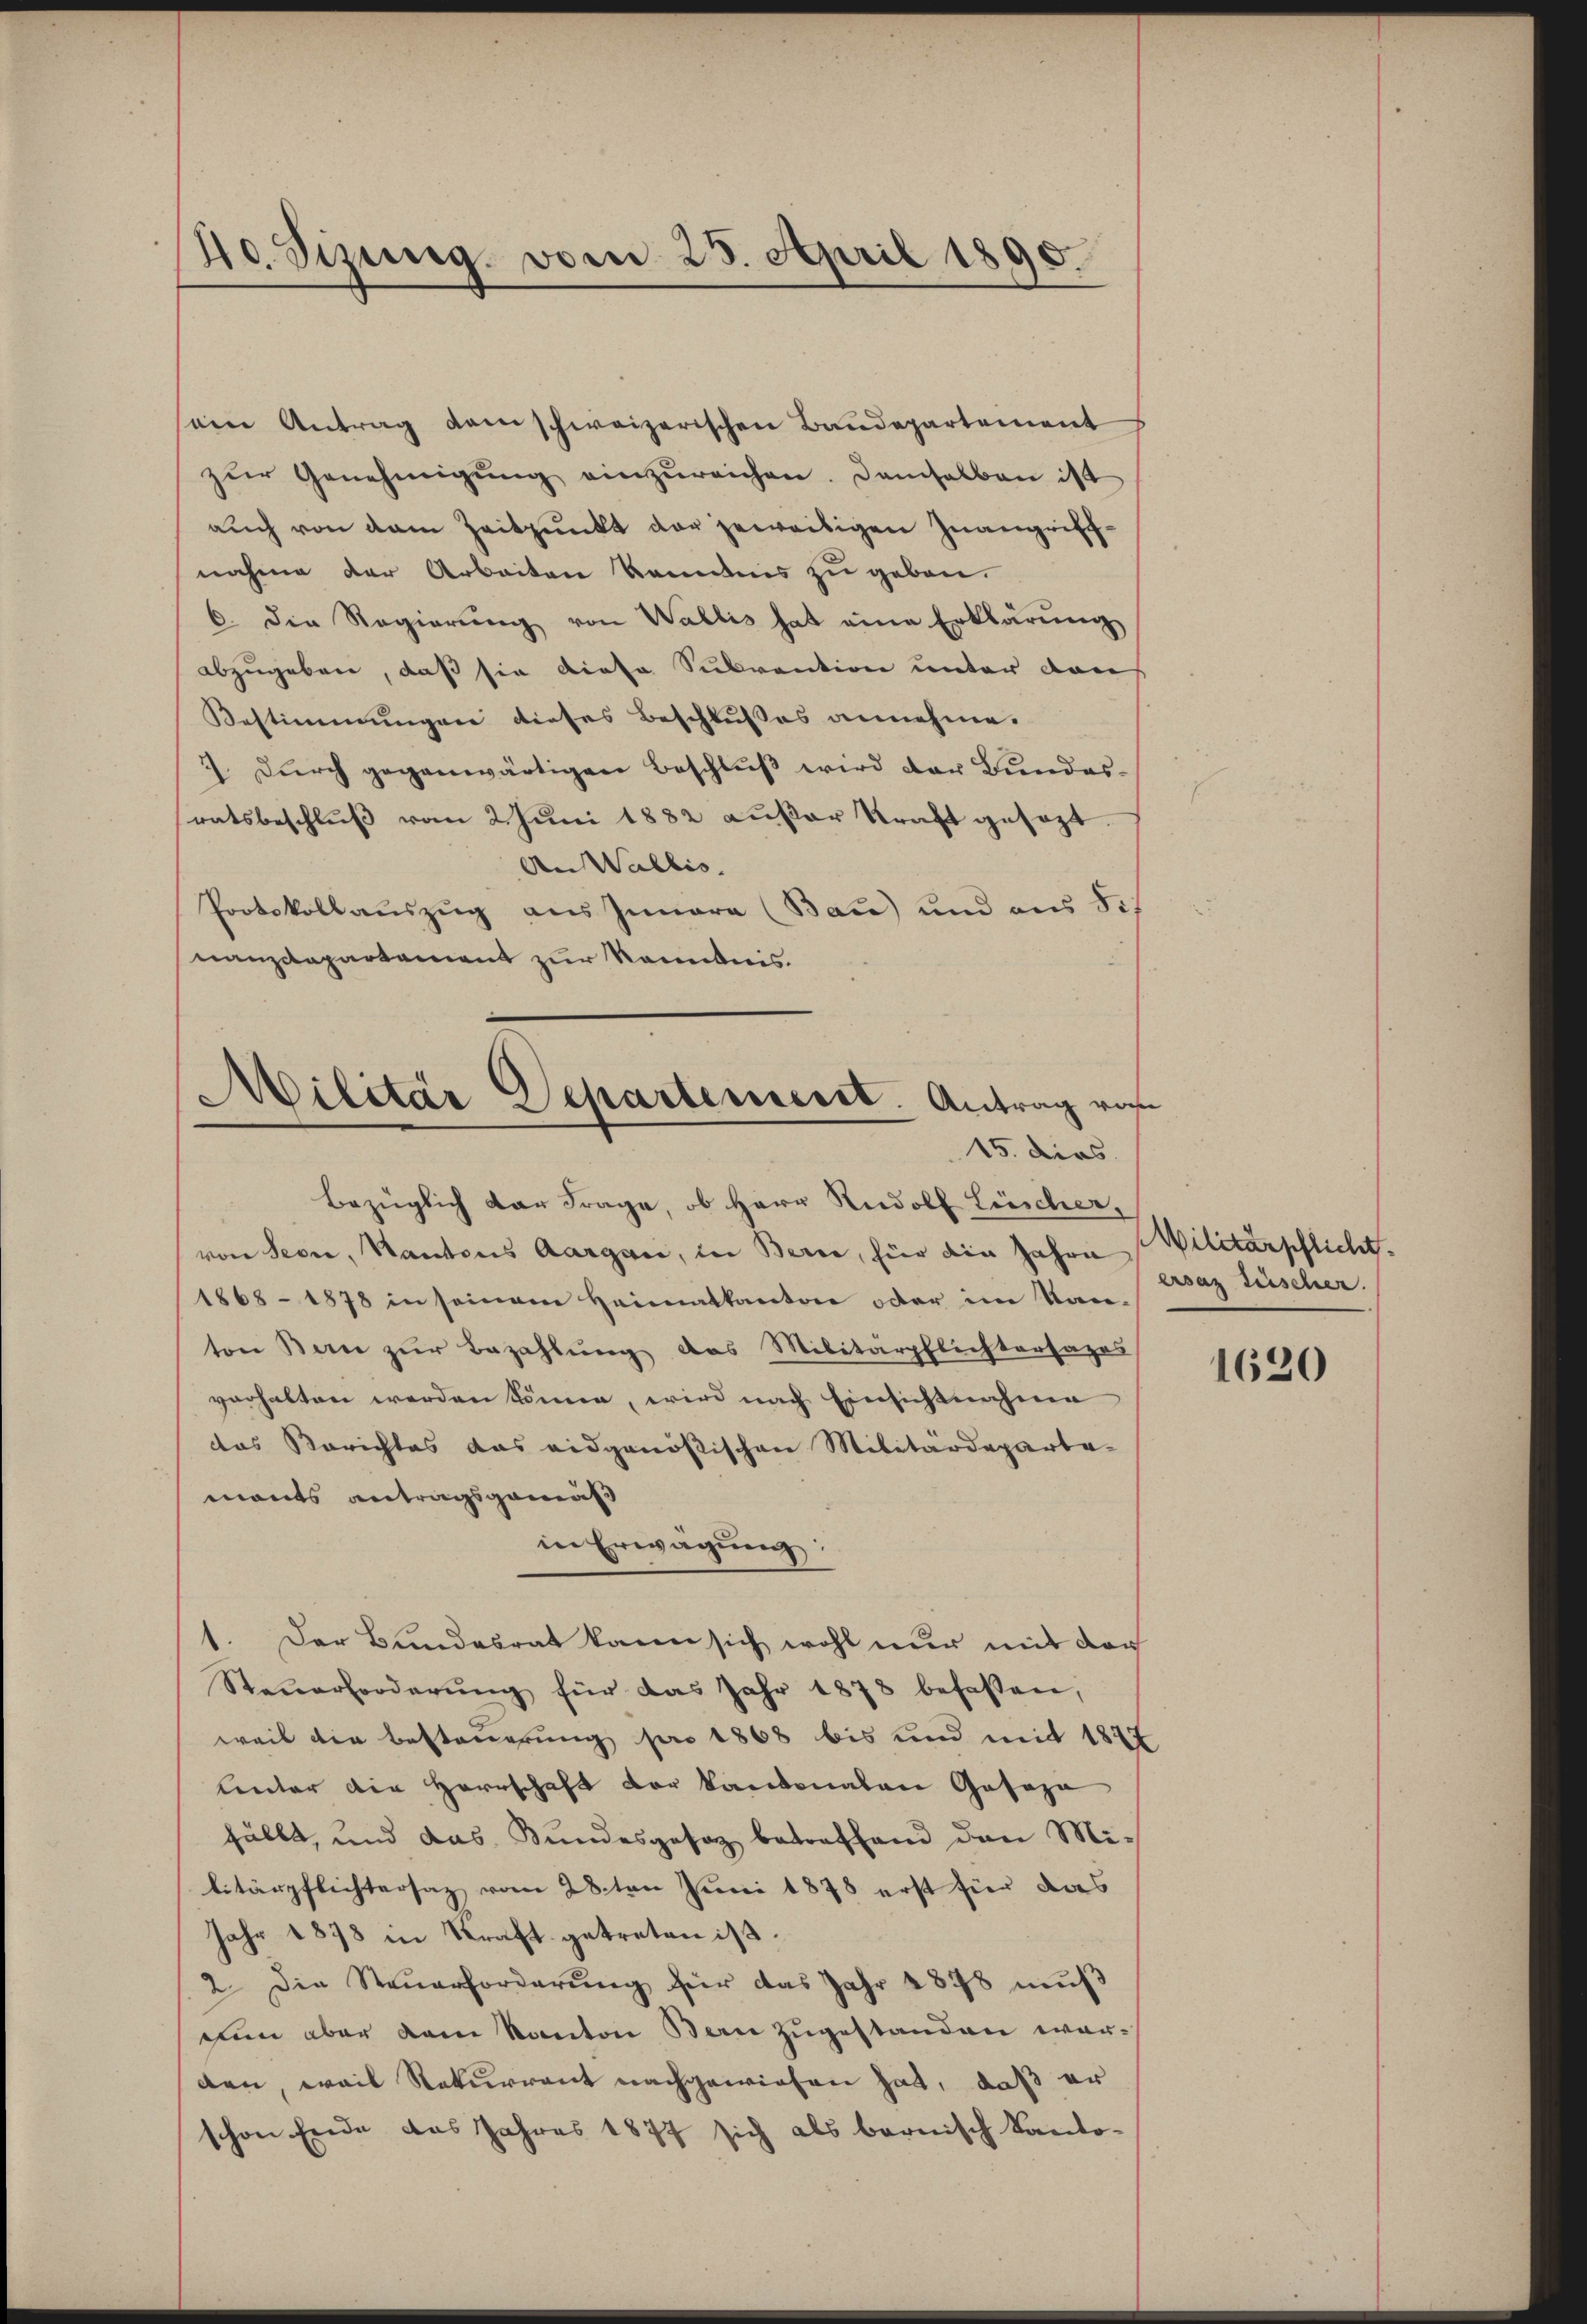
40. Sizung vom 25. April 1890.

ein Antrag dem schweizerischen Baudepartement
zŭr Genehmigŭng einzŭreichen. Demselben ist
auch von dem Zeitpunkt der jeweibigen Inangriffnahme der Arbeiten kanntnis zu geben.
6. die Regierŭng von Wallis hat eine Erklärung
abzugeben, daß sie diese Subvention unter dan
Bestimmungen dieses Beschlußes annehme.
7. Durch gegenwärtigen Beschluß wird der Bundesratsbeschluß vom 2 Juni 1882 außer Kraft gesezt.
An Wallis.
Protokollauszug aus Innara (Bau) und aus de
nanzdepartement zur Kenntnis.

Militär Departement. Antrag vo
15. dies

Bezüglich der Frage, ob Herr Rudolf Lüscher,
von Seon, Kantons Aargau, in Bern, für die Jahre Wilitärpflicht.
1868-1878 in seinem Heimatkanton oder im Kanton Bern zŭr Bezahlŭng das Militärpflichtersages
verhalten werden können, wird nach Einsichtnahme
das Berichtes das eidgenössischen Militärdepartemants antragsgemäß
in Erwägung:
1. Der Bundesrat kann sich wohl nur mit der
Steŭerforderŭng für das Jahr 1878 befassen,
weil die Besteuerung pro 1868 bis und mit 1822
Unter die Herrschaft der kantonalen Gosoza
fällt, und das Bundesgesetz betreffend den Militärpflichtersaz vom 28ten Juni 1878 erst für das
Jahr 1878 in Kraft getreten ist.
2. Die Steuerforderung für das Jahr 1878 mŭβ
nun aber dem Kanton Bern zugestanden warden, weil Rekurrent nachgewiesen hat, daß er
schon Ende das Jahres 1877 sich als bernisch Kanto-

ersatz seischer.

1620